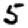
Digit: 5